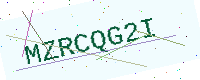
Text: MZRCQG2I